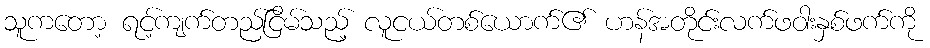
သူကတော့ ရင့်ကျက်တည်ငြိမ်သည့် လူငယ်တစ်ယောက်၏ ဟန်အတိုင်းလက်ဖဝါးနှစ်ဖက်ကို